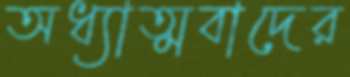
অধ্যাত্মবাদের